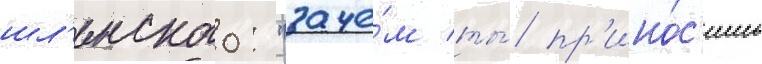
шл'енского: "заче́м ты́ пр'ино́с'ишь